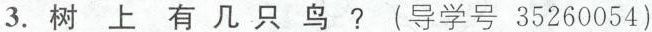
3.树上有几只鸟?(导学号35260054)